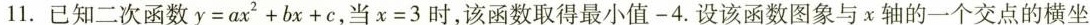
11.已知二次函数$$y = a x ^{ 2 } + b x + c$$，当$$x = 3$$时，该函数取得最小值-4.设该函数图象与x轴的一个交点的横坐